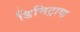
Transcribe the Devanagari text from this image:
डिमिट्राव्ह